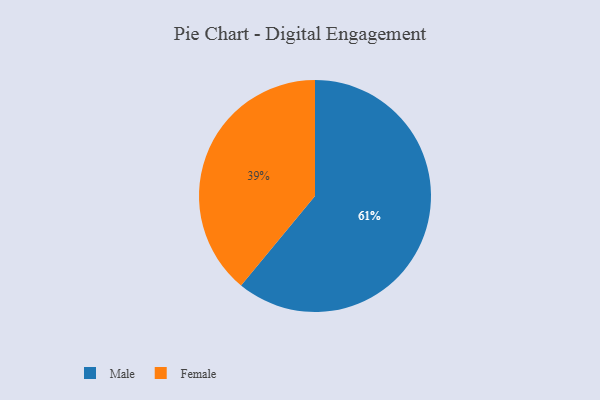
{"axis": {"x": "Category", "y": "Percentage"}, "legend": ["Female", "Male"], "data": [{"x": "Female", "y": 39, "type": "Female"}, {"x": "Male", "y": 61, "type": "Male"}]}